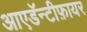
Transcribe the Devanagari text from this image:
आएडॅन्टीफ़ायर